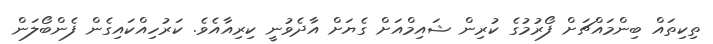
ތިކިތައް ބިންމައްޗަށް ފޯރުމުގެ ކުރިން ޝައިމްއަށް ގެޔަށް އާދެވުނީ ކިރިއާއެވެ. ކަރުހިއްކައިގެން ފެންބޯލަން